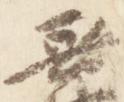
無